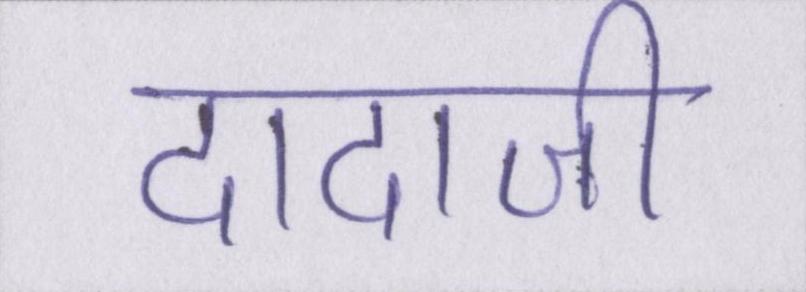
दादाजी